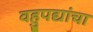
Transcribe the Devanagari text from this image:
वहुपद्यांचा